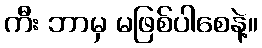
ကီး ဘာမှ မဖြစ်ပါစေနဲ့။